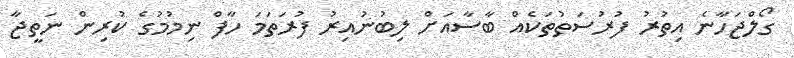
ގޯލްޖަހާނެ އިތުރު ފުރުސަތުތަކެއް ބާސާއަށް ލިބުނުއިރު ފުރަތަމަ ހާފް ނިމުމުގެ ކުރިން ނަތީޖާ